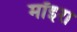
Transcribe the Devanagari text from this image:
मॉइरा